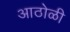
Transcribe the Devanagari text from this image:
आठोळी